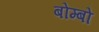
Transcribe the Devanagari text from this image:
बोम्बो